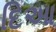
દિઆ